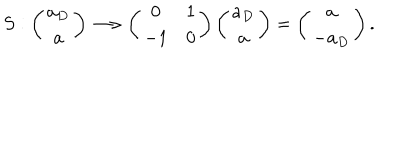
LaTeX: S : \left( \begin{array} { c } { { a _ { D } } } \\ { { a } } \\ \end{array} \right) \longrightarrow \left( \begin{array} { c c } { { 0 } } & { { 1 } } \\ { { - 1 } } & { { 0 } } \\ \end{array} \right) \left( \begin{array} { c } { { a _ { D } } } \\ { { a } } \\ \end{array} \right) = \left( \begin{array} { c } { { a } } \\ { { - a _ { D } } } \\ \end{array} \right) .